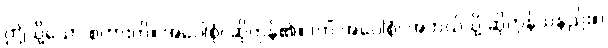
ဤသို့သော စကားကို။ အဝေါစုံ၊ ဆိုကုန်၏။ (ကိံ အဝေါစုံ၊ အဘယ်သို့ ဆိုကုန်သနည်း။)